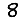
Digit: 8